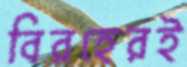
বিরহেরই